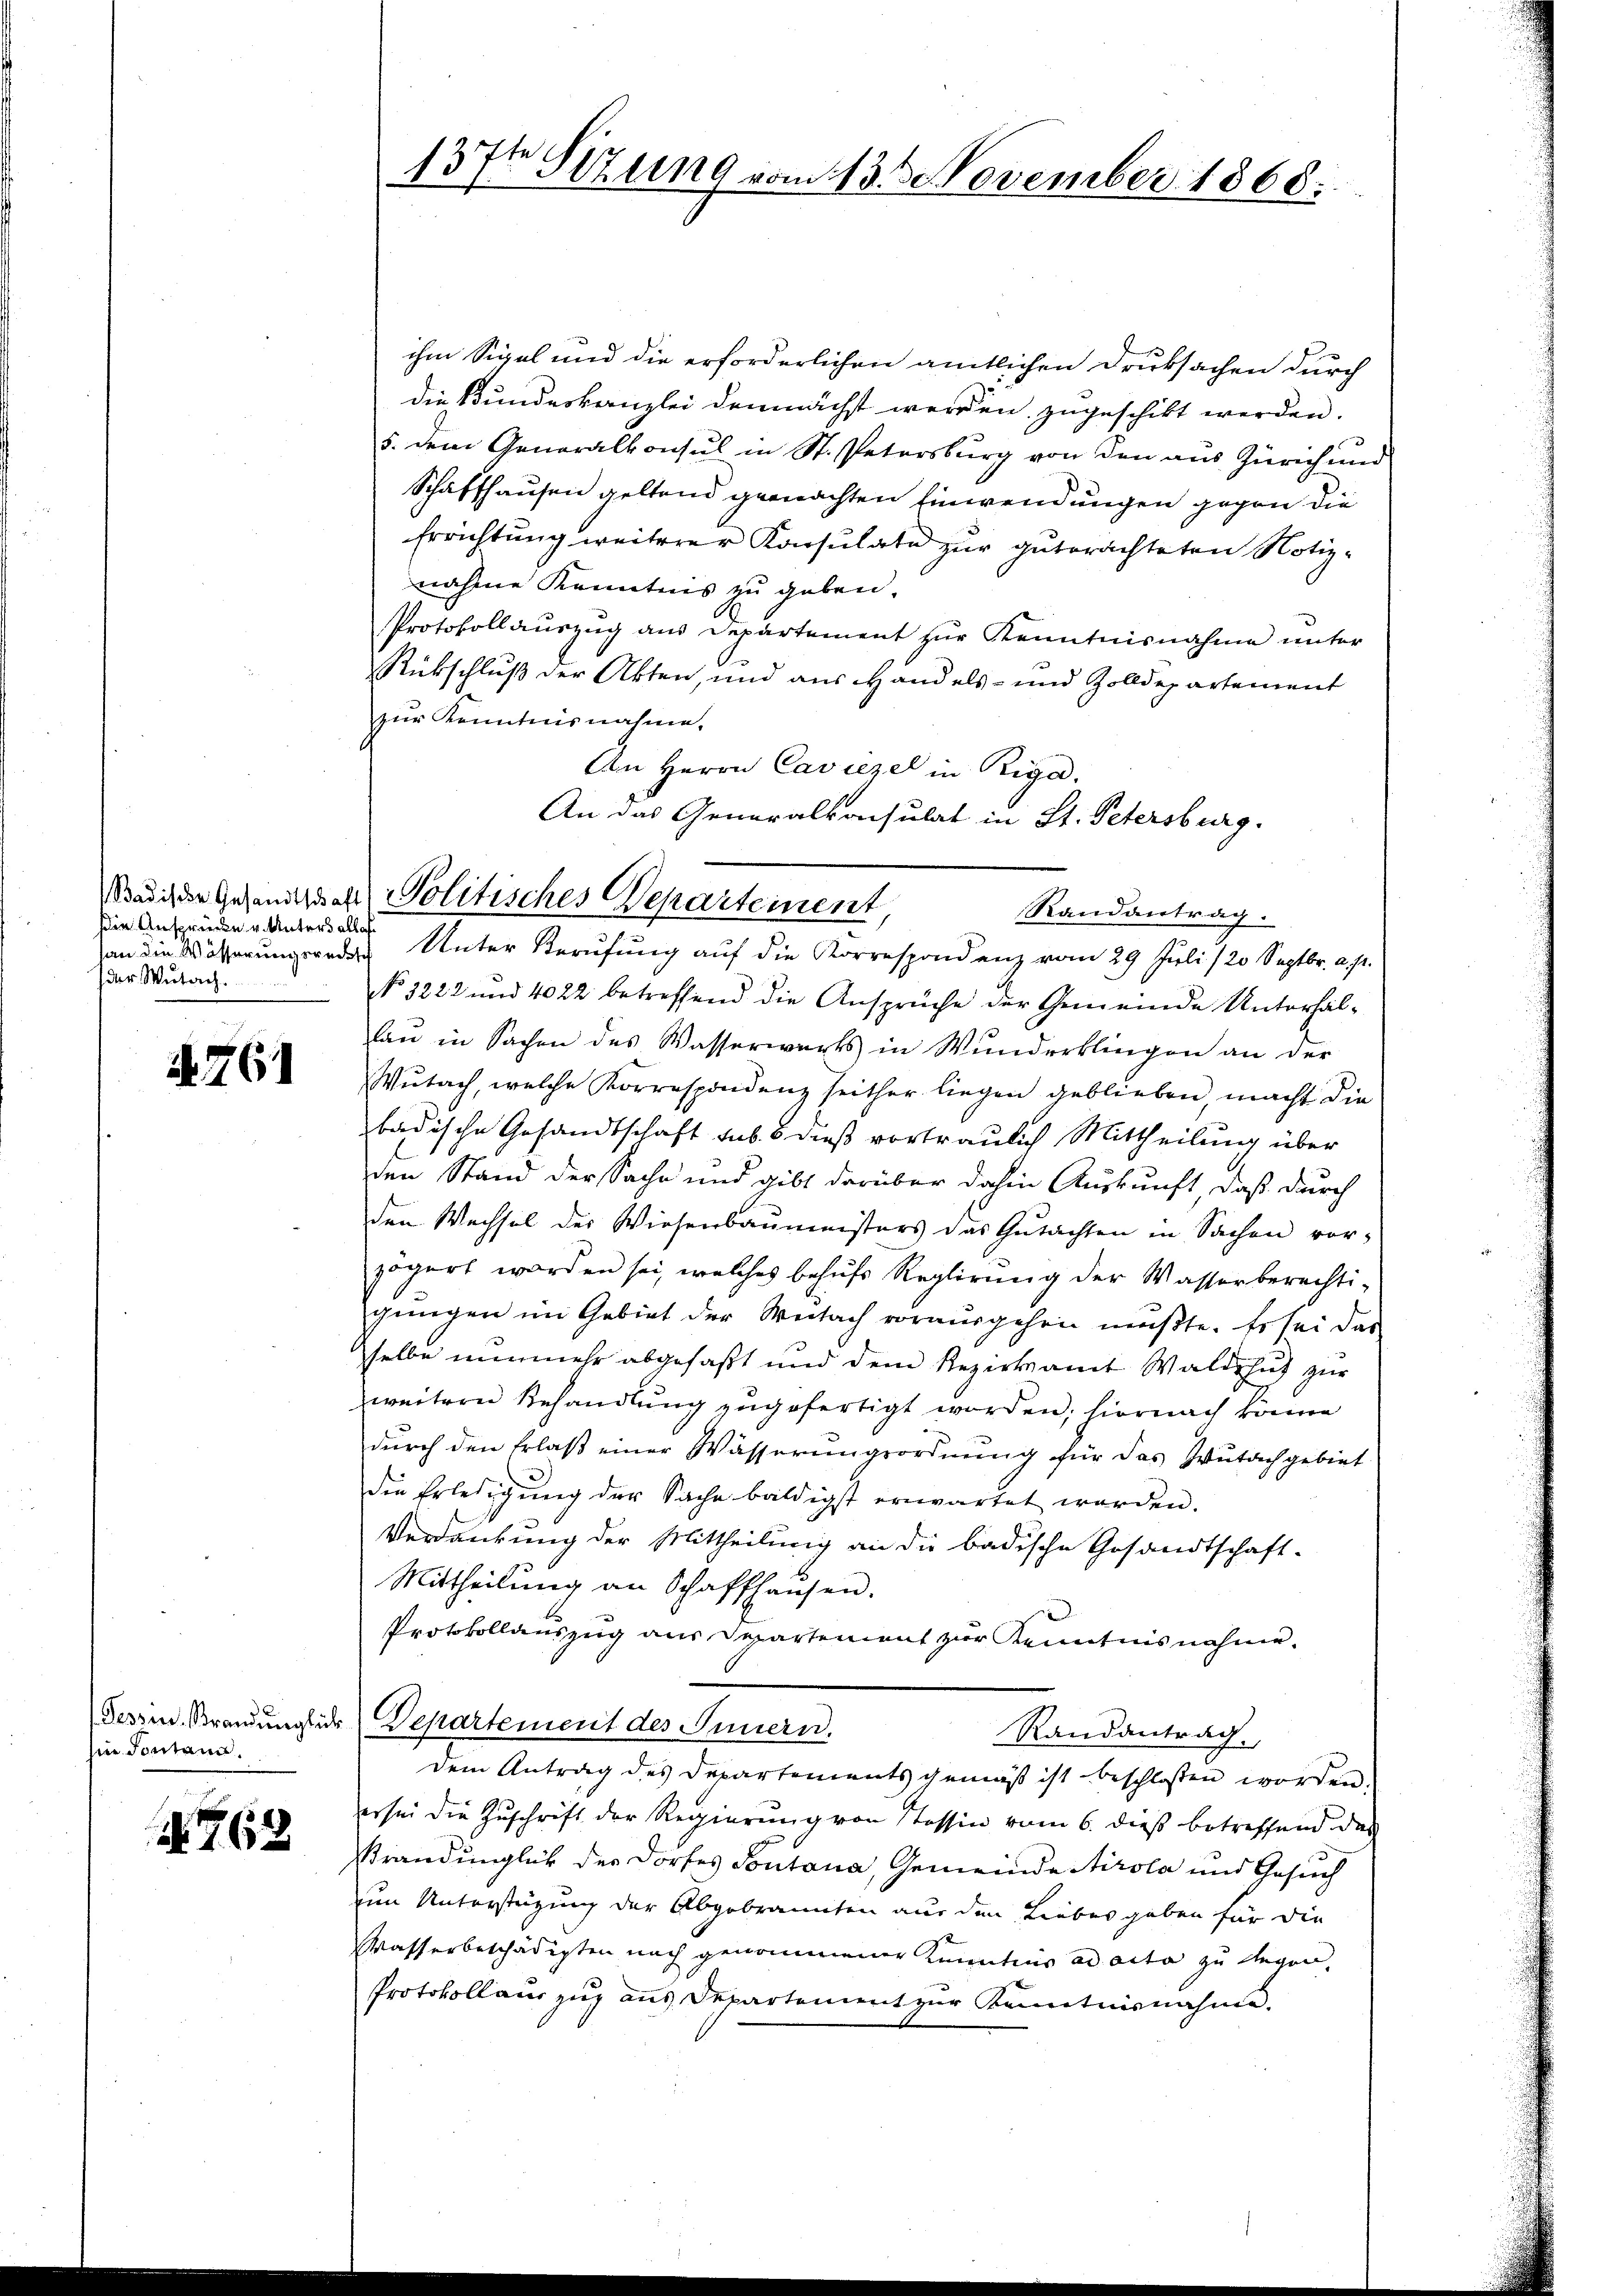
Badische Gesandtschaft
sin Ansprücke u. Unters allas
der Wutach

A. 761

in Sontann.

262

ihm Sigel und die erforderlichen amtlichen Druksachen durch
die Bundeskanzlei demnächst werden zugeschikt werden.
5. dem Generalkonsul in St. Petersburg von den aus Zürich und
Schaffhausen geltend gemachten Einwendungen gegen die
Errichtung weiterer Konsulate zur guterachteten Notiz-
nahme Kenntnis zu geben.
Protokollauszug aus Departement zur Kenntnisnahme unter
Rückschluß der Akten, und aus Handels- und Zolldepartement
zur Kenntnisnahme.
An Herrn Caviezel in Riga
An das Generalkonsulat in St. Petersburg.

137t Sitzung vom 13. November 1868.

Politisches Departement,
Randantrag.

an die Mösserungsrede Unter Berufung auf die Korrespondenz vom 29. Juli 120 Septbr. a. p.
No 3222 und 4022 betreffend die Ansprüche der Gemeinde Unterhallau in Sachen des Wasserwärts in Wunderklingen an der
Wŭtach, welche Korrespondenz seither liegen geblieben, macht die
badische Gesandtschaft sub. 8 dieß vortraulich Mittheilung über
den Stand der Sache und gibt darüber dahin Auskunft, daß durch
den Wechsel der Wiesenbaumeisters das Gutachten in Sachen vorzögert worden sei, welches behufs Reglirung der Wasserberechti-
gungen im Gebiet der Weitach vorausgehen mußte. Es sei das
selbe nunmehr abgefaßt und dem Bezirksamt Waldshut zur
weitern Behandlung zugefertigt worden; hiernach könne
durch den Erlaß einer Wässerungsordnung für das Zutach gebiet
die Erledigung der Sache baldigst erwartet werden.
Verdankung der Mittheilung an die badische Gesandtschaft-
Mittheilŭng an Schaffhausen.
Protokollauszug aus Departement zur Kenntnisnahme.
Tessin, Brandungsir Departement des Innern.
Randantrag.
dem Antrag des Departements gemäß ist beschlossen worden.
er sei die Zuschrift der Regierung von Tessin vom 6. dieß betreffend das
srandunglich der Dorfes Sontana, Gemeinde Stirola und Gesuch
uum Unterstüzung der Abgebrannten aus den Liebes geben für die
Wasserbeschädigten nach genommener Kenntnus ad acta zu legen,
Protokollauszug aus Departement zur Kenntnisnahme.